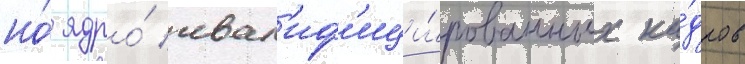
но́ ядро́ квал'иф'ици́рованных ка́дров